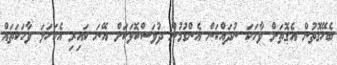
ބެހޭގޮތުން އެގޮތަށް ވާހަކަ ނުދައްކަން އެންގުމުން ދުވަސްކޮޅަކަށް އޭނަ ކައިރި އެކަހަލަ ވާހަކަތައް